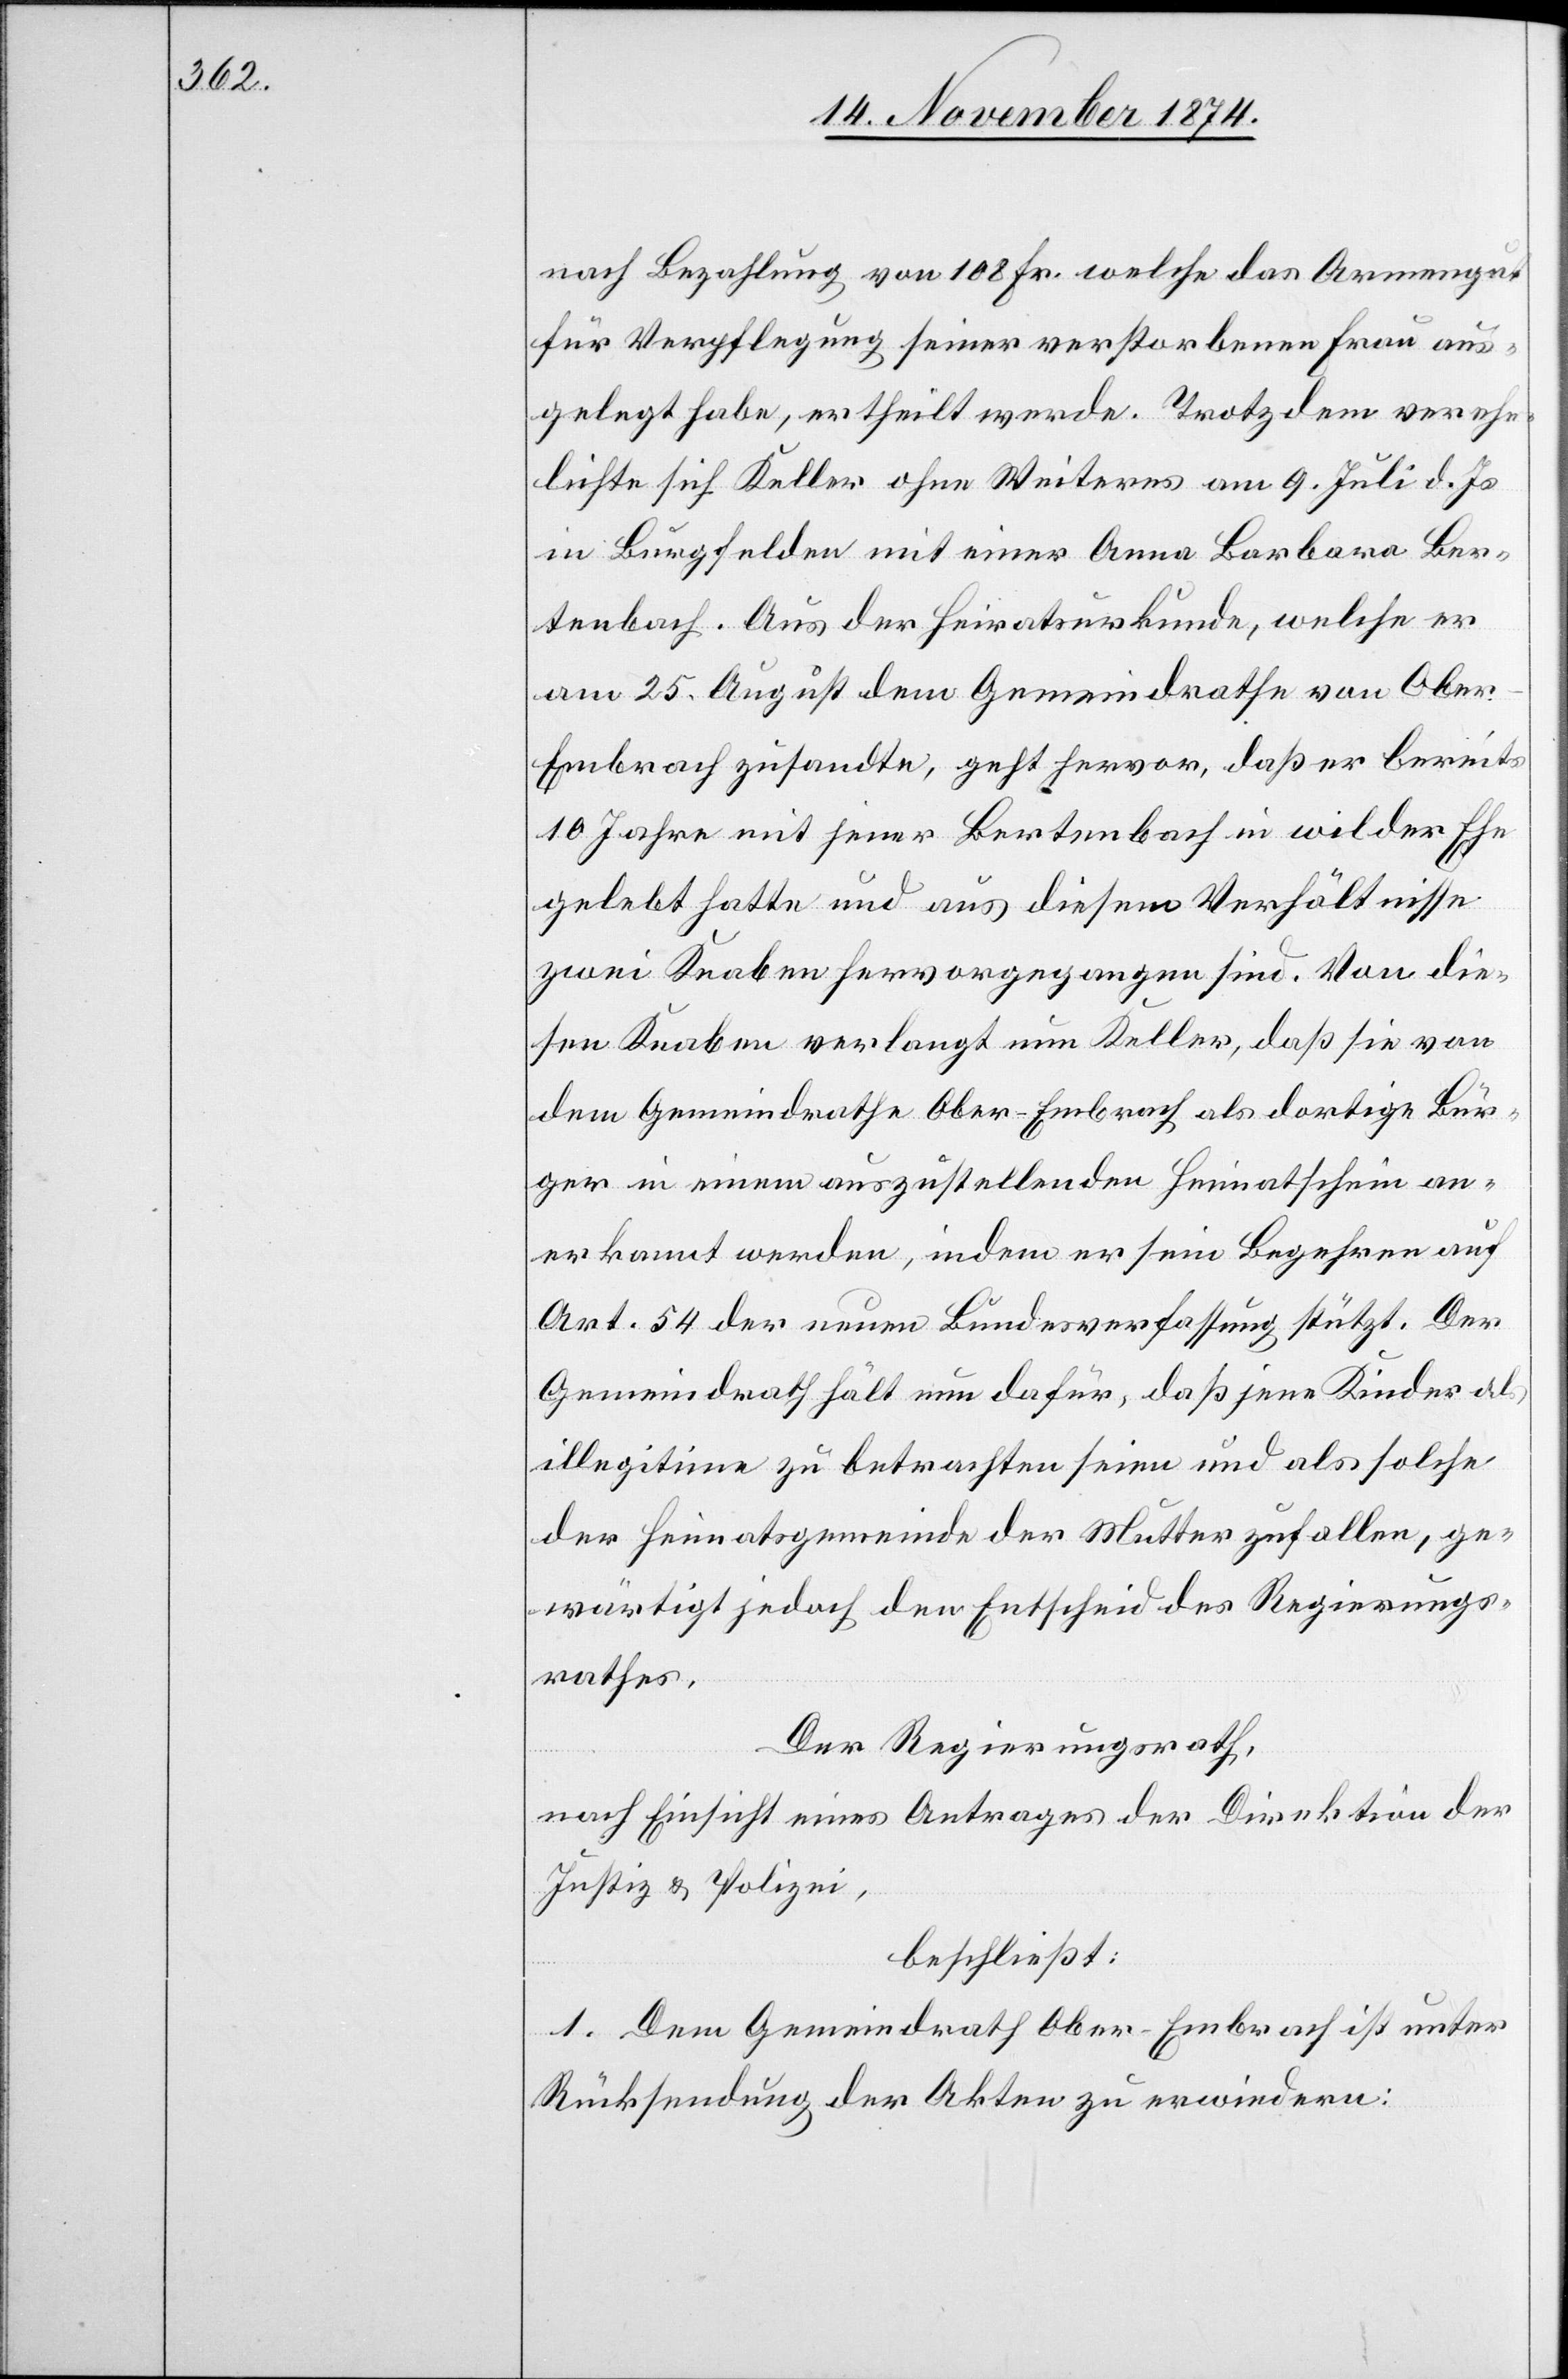
nach Bezahlung von 108 Fr. welche das Armengut
für Verpflegung seiner verstorbenen Frau aus¬
gelegt habe, ertheilt werde. Trotzdem verehe¬
lichte sich Keller ohne Weiteres am 9. Juli d. Js.
in Burgfelden mit einer Anna Barbara Ber¬
tenbach. Aus der Heiratsurkunde, welche er
am 25. August dem Gemeindrathe von Ober-E¬
mbrach zusandte, geht hervor, daß er bereits
10 Jahre mit jener Bertenbach in wilder Ehe
gelebt hatte und aus diesem Verhältnisse
zwei Knaben hervorgegangen sind. Von die¬
sen Knaben verlangt nun Keller, daß sie von
dem Gemeindrathe Ober-Embrach als dortige Bür¬
ger in einem auszustellenden Heimatschein an¬
erkannt werden, indem er sein Begehren auf
Art. 54 der neuen Bundesverfassung stützt. Der
Gemeindrath hält nun dafür, daß jene Kinder als
illegitime zu betrachten seien und als solche
der Heimatgemeinde der Mutter zufallen, ge¬
wärtigt jedoch den Entscheid des Regierungs¬
rathes.
Der Regierungsrath,
nach Einsicht eines Antrages der Direktion der
Justiz & Polizei,
beschließt:
1. Dem Gemeindrath Ober-Embrach ist unter
Rücksendung der Akten zu erwiedern: